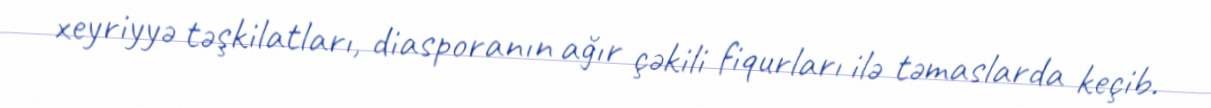
xeyriyyə təşkilatları, diasporanın ağır çəkili fiqurları ilə təmaslarda keçib.